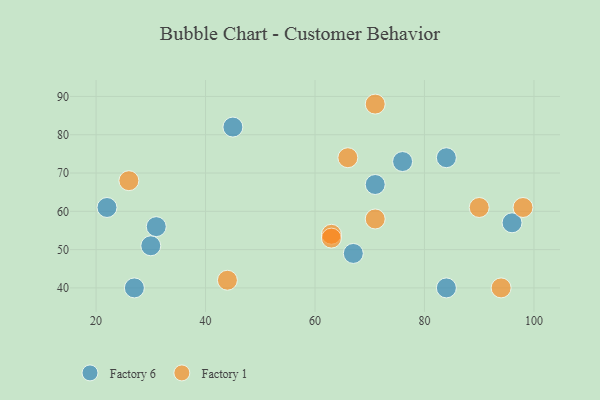
{"axis": {"x": "GDP", "y": "Life Expectancy"}, "legend": ["Factory 1", "Factory 6"], "data": [{"x": "31", "y": 56, "type": "Factory 6"}, {"x": "22", "y": 61, "type": "Factory 6"}, {"x": "84", "y": 40, "type": "Factory 6"}, {"x": "45", "y": 82, "type": "Factory 6"}, {"x": "67", "y": 49, "type": "Factory 6"}, {"x": "27", "y": 40, "type": "Factory 6"}, {"x": "84", "y": 74, "type": "Factory 6"}, {"x": "96", "y": 57, "type": "Factory 6"}, {"x": "71", "y": 67, "type": "Factory 6"}, {"x": "76", "y": 73, "type": "Factory 6"}, {"x": "30", "y": 51, "type": "Factory 6"}, {"x": "71", "y": 88, "type": "Factory 1"}, {"x": "44", "y": 42, "type": "Factory 1"}, {"x": "66", "y": 74, "type": "Factory 1"}, {"x": "94", "y": 40, "type": "Factory 1"}, {"x": "71", "y": 58, "type": "Factory 1"}, {"x": "98", "y": 61, "type": "Factory 1"}, {"x": "63", "y": 54, "type": "Factory 1"}, {"x": "63", "y": 53, "type": "Factory 1"}, {"x": "26", "y": 68, "type": "Factory 1"}, {"x": "90", "y": 61, "type": "Factory 1"}]}